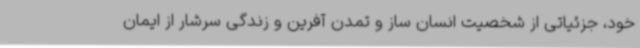
خود، جزئیاتی از شخصیت انسان ساز و تمدن آفرین و زندگی سرشار از ایمان